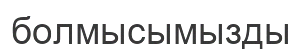
болмысымызды